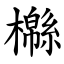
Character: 㰃